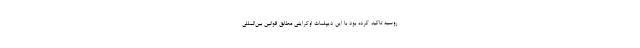
روسیه تاکید کرده بود با این دیپلمات اوکراینی مطابق قوانین بین‌المللی